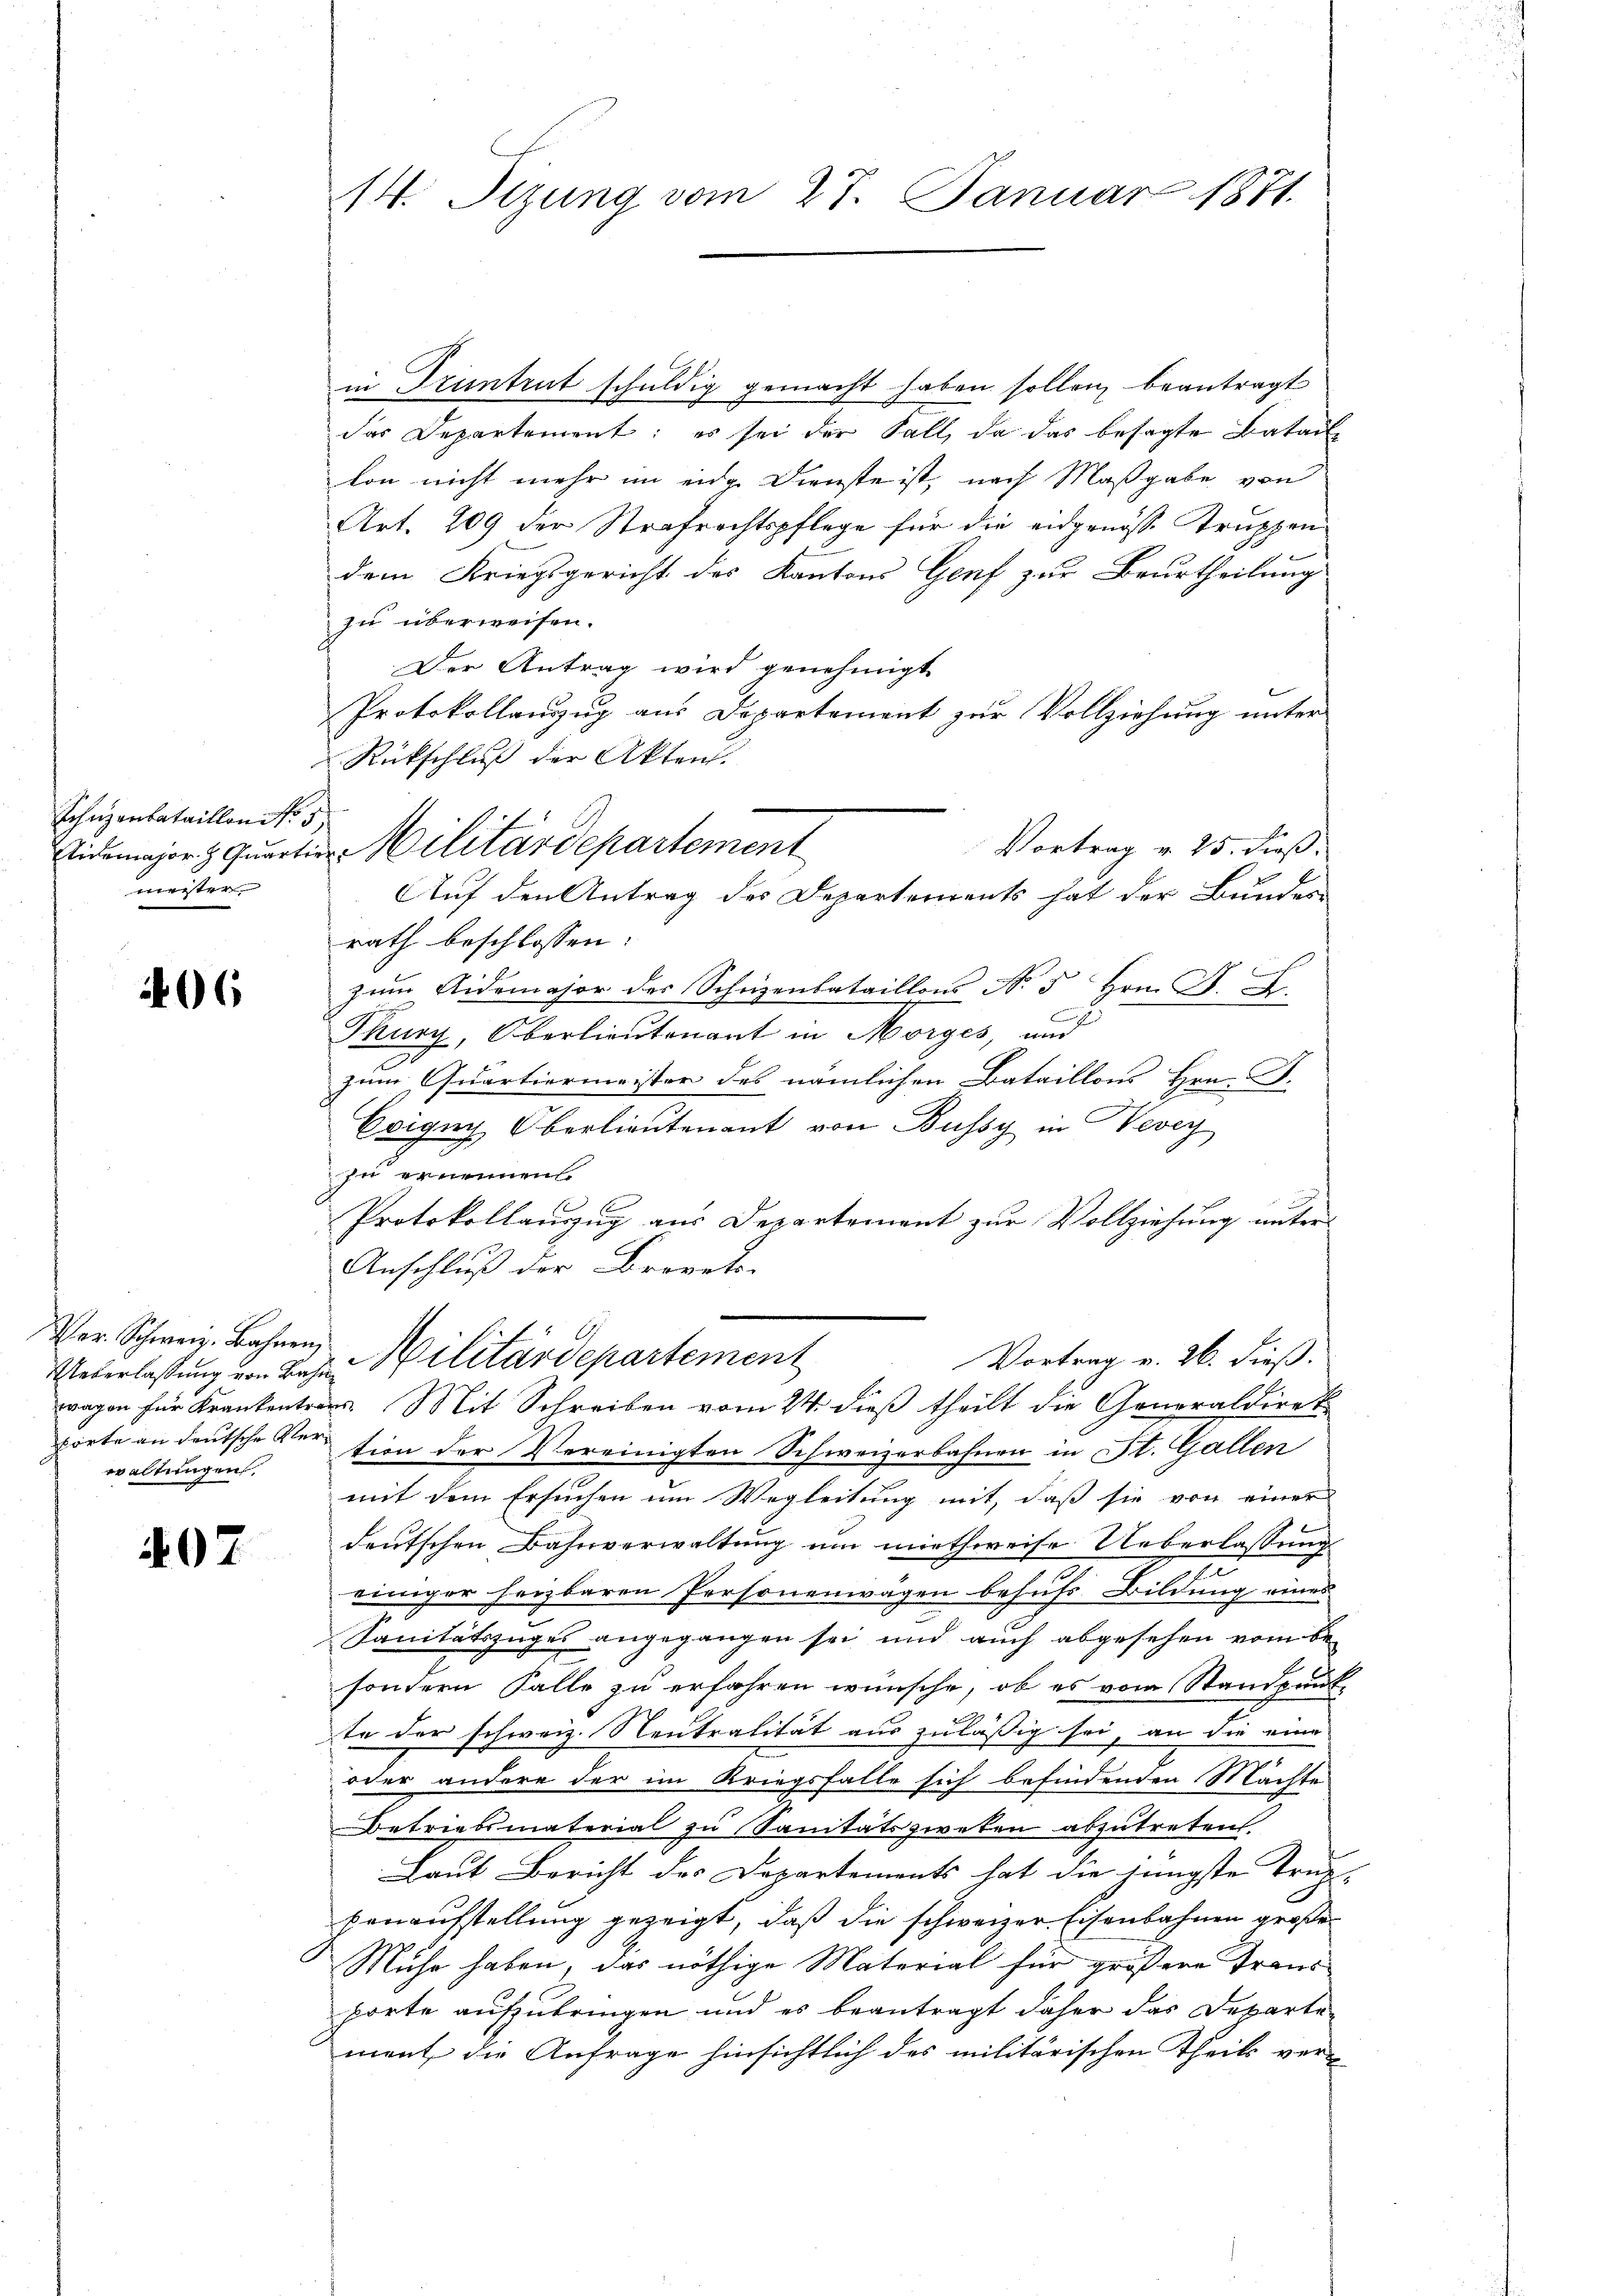
Lohnzenbataillon Nr. 1
meister.

406

Ueberlassung von Bahn
pörte an deutsche Verwaltungen.

407

14. Sizung vom 27. Januar 1871.

in Krantrat schuldig gemacht haben sollen, beantragt
das Departement: es sei der Fall, da das besagte Batai
kon nicht mehr im eidg. Dienste ist, nach Maßgabe von
Art. 209 der Strafrechtspflege für die eidgenosse Truppen
dem Kriegsgericht des Kantons Genf zur Beurtheilung
zu überweisen.
Der Antrag wird genehmigt
Protokollanzug aus Departement zur Vollziehung unter
Rückschluß der Akten.
Vortrag v. 25. dieß.
Auf den Antrag des Departements hat der Bunder-
rath beschlossen:
zum Aidemajor des Scheizenbataillons No 5 Hrn. F. B.
Tkurz, Oberlieutenant in Morges, und
zum Quartiermeister des nämlichen Bataillons Hrn. J.
Coigny Oberlieutenant von Bussy in Vevey
zu ernennen.
Protokollanzug aus Departement zur Vollziehung unter¬
Anschluß der Brorek-
Ver Schweiz. Bahnen, Militärdepartement
Vortrag v. 26. dieß.
wagen für Krankentars. Mit Schreiben vom 24. dieß theilt die Generaldirek
tion der Vereinigten Schweizerbahnen in St. Gallen
mit dem Ersuchen um Wegleitung mit, daß sie von einer
deutschen Bahnverwaltung um miethweise Ueberlassung
einiger heizbaren Personenwagen behufs Bildung eines
Sanitätszuges angegangen sei und auch abgesehen vom be-
sondern Falle zu erfahren wünsche, ob es vom Standpunkte der schweiz. Neutralität aus zuläßig sei, an die eine
oder andere der im Kriegsfalle sich befindenden Mächte
Betriebsmaterial zu Sanitätszweken abzutreten.
Laut Bericht des Departements hat die jüngste Trup-
Eenaufstellung gezeigt, daß die schweizer Eisenbahnen große
Mühe haben, das nöthige Material für größere Traus-
porte aufzubringen und es beantragt daher das Departe
ment die Anfrage hinsichtlich des militärischen Theils ver-

Sidemajor H. Quartin Militärdepartement